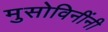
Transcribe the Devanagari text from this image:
मुसोविनींनी